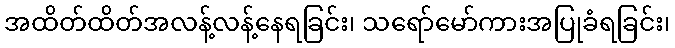
အထိတ်ထိတ်အလန့်လန့်နေရခြင်း၊ သရော်မော်ကားအပြုခံရခြင်း၊